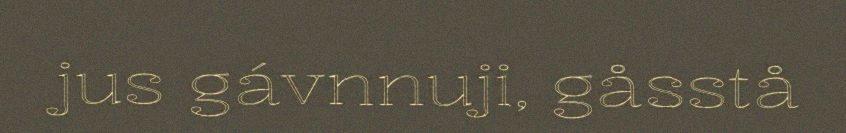
jus gávnnuji, gåsstå